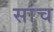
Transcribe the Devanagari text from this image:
सांच